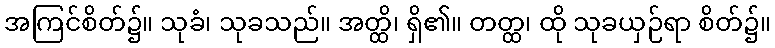
အကြင်စိတ်၌။ သုခံ၊ သုခသည်။ အတ္ထိ၊ ရှိ၏။ တတ္ထ၊ ထို သုခယှဉ်ရာ စိတ်၌။